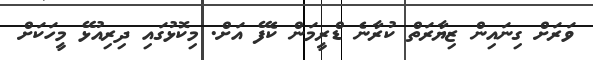
ވަރަށް ގިނައިން ޒިޔާރަތް ކުރާނެ ޑްރީމަން ކެފޭ އަށް. މިކޮޅުގައި ދިރިއުޅޭ މީހަކަށް